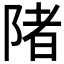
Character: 陼